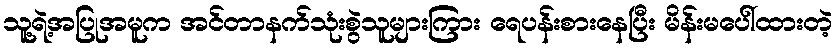
သူ့ရဲ့အပြုအမူက အင်တာနက်သုံးစွဲသူများကြား ရေပန်းစားနေပြီး မိန်းမပေါ်ထားတဲ့